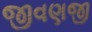
જીવણજી